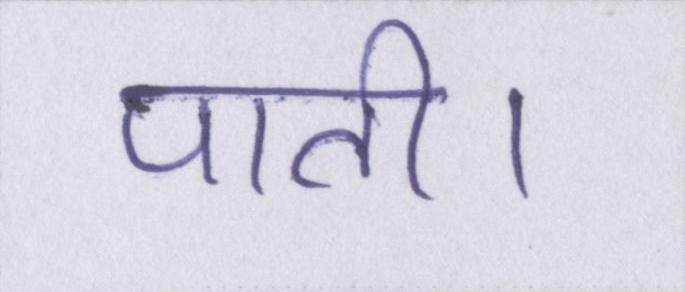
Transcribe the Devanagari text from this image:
पाती।